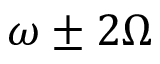
\omega \pm 2 \Omega